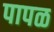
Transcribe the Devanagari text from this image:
पापळ